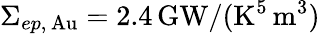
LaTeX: \Sigma_{ep,\, \mathrm{Au}}=2.4\, \mathrm{GW}/(\mathrm{K}^{5}\, \mathrm{m}^{3})